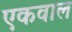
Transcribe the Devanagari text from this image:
एकवाल